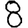
Digit: 8